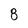
Character: 8